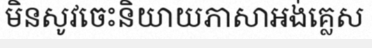
មិនសូវចេះនិយាយភាសាអង់គ្លេស